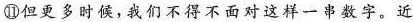
⑪但更多时候，我们不得不面对这样一串数字。近